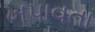
ખપાવતા